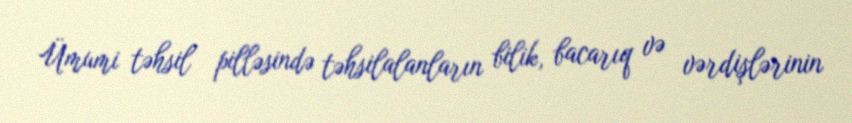
Ümumi təhsil pilləsində təhsilalanların bilik, bacarıq və vərdişlərinin